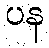
ပန